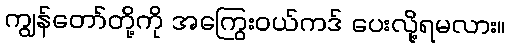
ကျွန်တော်တို့ကို အကြွေးဝယ်ကဒ် ပေးလို့ရမလား။